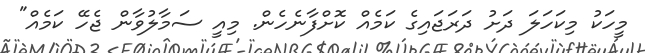
މީހަކު މިކަހަލަ ދަށު ދަރަޖައިގެ ކަމެއް ކޮށްފާނެހެން. މިއީ ސަމާލުވާން ޖެހޭ ކަމެއް"